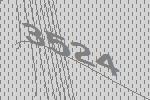
3524